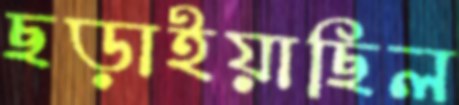
ছড়াইয়াছিল